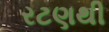
રટણથી